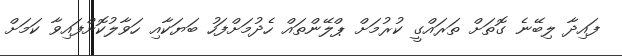
ފައިދާ ލިބޭނެ ގޮތަށް ތަރައްގީ ކުރުމަށް ޕްލޭންތައް ހެދުމަށްފަހު ބަޔަކާއި ހަވާލުކޮށްފައިވާ ކަމަށް